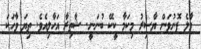
މާލެ ފޮނުވަން ޔާސިރު މިކަމާ ކީކޭ ބުނަނީ. ޝާތިރާ އަހާލިއެވެ. ތިޔަ ވާހަކަ